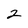
Character: 2